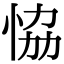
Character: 恊